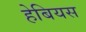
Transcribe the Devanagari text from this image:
हेबियस